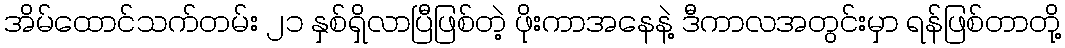
အိမ်ထောင်သက်တမ်း ၂၁ နှစ်ရှိလာပြီဖြစ်တဲ့ ဖိုးကာအနေနဲ့ ဒီကာလအတွင်းမှာ ရန်ဖြစ်တာတို့